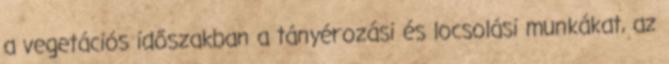
a vegetációs időszakban a tányérozási és locsolási munkákat, az